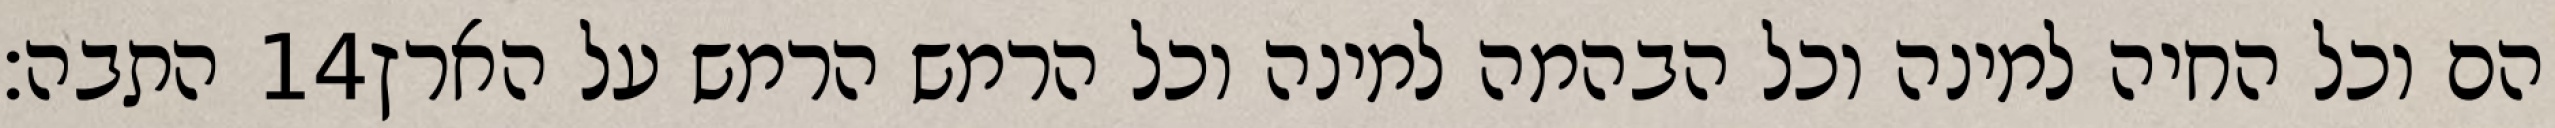
התבה׃ ‎14‏ הם וכל החיה למינה וכל הבהמה למינה וכל הרמש הרמש על הארץ